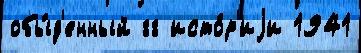
обы́д'енный гг исто́р'иjи 1941